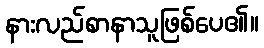
နားလည်စာနာသူဖြစ်ပေ၏။